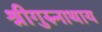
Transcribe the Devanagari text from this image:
श्रीगुरुनाथाय